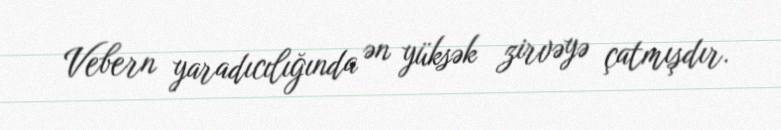
Vebern yaradıcılığında ən yüksək zirvəyə çatmışdır.